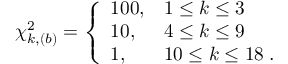
\chi _ { k , ( b ) } ^ { 2 } = \left\{ \begin{array} { l l l } { { 1 0 0 , } } & { { 1 \leq k \leq 3 } } \\ { { 1 0 , } } & { { 4 \leq k \leq 9 } } \\ { { 1 , } } & { { 1 0 \leq k \leq 1 8 \; . } } \end{array} \right.